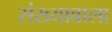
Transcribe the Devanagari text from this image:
संख्यावाला